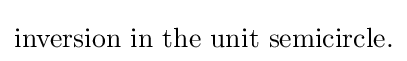
{\mbox{inversion in the unit semicircle.}}